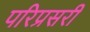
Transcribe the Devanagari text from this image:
परिप्रसरी